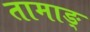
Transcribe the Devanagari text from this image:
तामाङ्‌